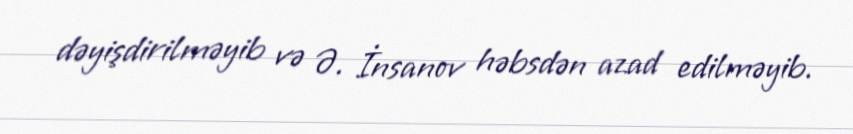
dəyişdirilməyib və Ə. İnsanov həbsdən azad edilməyib.